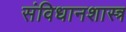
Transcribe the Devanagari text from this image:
संविधानशास्त्र